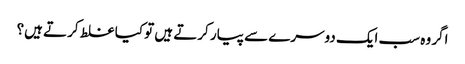
اگر وہ سب ایک دوسرے سے پیار کرتے ہیں تو کیا غلط کرتے ہیں؟